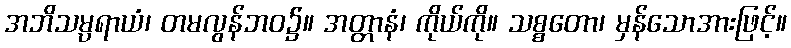
အဘိသမ္ပရာယံ၊ တမလွန်ဘဝ၌။ အတ္တာနံ၊ ကိုယ်ကို။ သစ္စတော၊ မှန်သောအားဖြင့်။